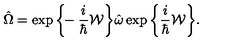
\hat { \Omega } = \exp \bigg \{ \! \! - \frac { i } { \hbar } { \cal W } \bigg \} \hat { \omega } \exp \bigg \{ \frac { i } { \hbar } { \cal W } \bigg \} .